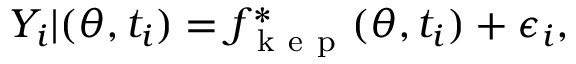
Y _ { i } | ( \theta , t _ { i } ) = f _ { \mathrm { ~ k ~ e ~ p ~ } } ^ { * } ( \theta , t _ { i } ) + \epsilon _ { i } ,